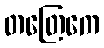
တတြေကေ